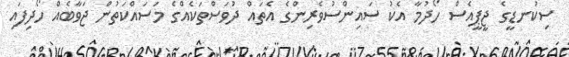
ސިކުނޑީގެ ޖީޕީއެސް ހޯދުމާ އެކު ސައިންސުވެރިންގެ އެތައް ދުވަސްތަކެއްގެ މަސައްކަތުން ޖަވާބެއް ހޯދިފައި